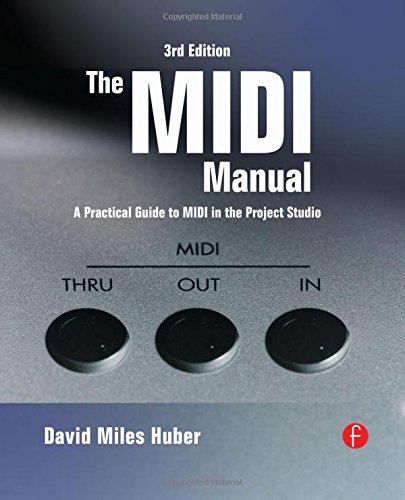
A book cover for The MIDI Manual: A Practical Guide to MIDI in the Project Studio (Audio Engineering Society Presents); David Miles Huber; Arts & Photography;